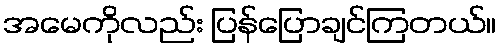
အမေကိုလည်း ပြန်ပြောချင်ကြတယ်။